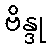
ဗိန္ဒု